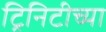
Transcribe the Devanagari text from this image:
ट्रिनिटीच्या